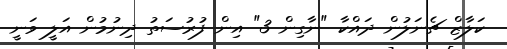
ކަލާޒް ޗެނަލުން ދައްކާ "ނާގިން 3" އިން ފުރުސަތު ދިނުމުން އަލީ ވަނީ